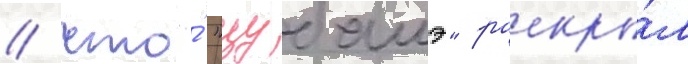
/ что́ "цубамэ" раскры́л